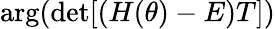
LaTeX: \arg(\operatorname*{det}[(H(\theta)-E)T])